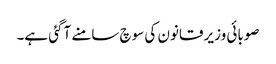
صوبائی وزیر قانون کی سوچ سامنے آگئی ہے۔